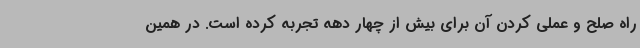
راه صلح و عملی کردن آن برای بیش از چهار دهه تجربه کرده است. در همین